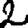
Digit: 2